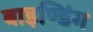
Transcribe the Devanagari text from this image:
बाइण्डिंग